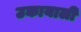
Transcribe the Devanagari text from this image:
उकायाली